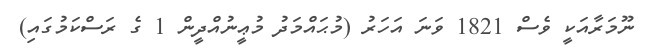
ނޫމަރާއަކީ ވެސް 1821 ވަނަ އަހަރު (މުޙައްމަދު މުޢީނުއްދީން 1 ގެ ރަސްކަމުގައި)